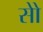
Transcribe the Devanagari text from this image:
सोे